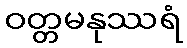
ဝတ္တမနုဿရံ